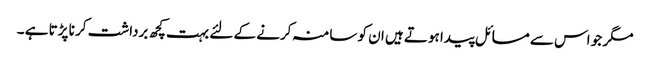
مگر جو اس سے مسائل پیدا ہوتے ہیں ان کو سامنہ کرنے کے لئے بہت کچھ برداشت کر نا پڑتا ہے ۔